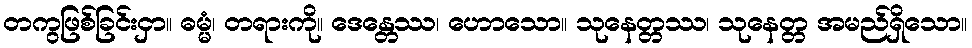
တကွဖြစ်ခြင်းငှာ။ ဓမ္မံ၊ တရားကို။ ဒေန္တေဿ၊ ဟောသော။ သုနေတ္တဿ၊ သုနေတ္တ အမည်ရှိသော။